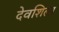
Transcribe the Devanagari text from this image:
देवशिला